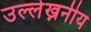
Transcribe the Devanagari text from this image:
उल्लेख्ननीय